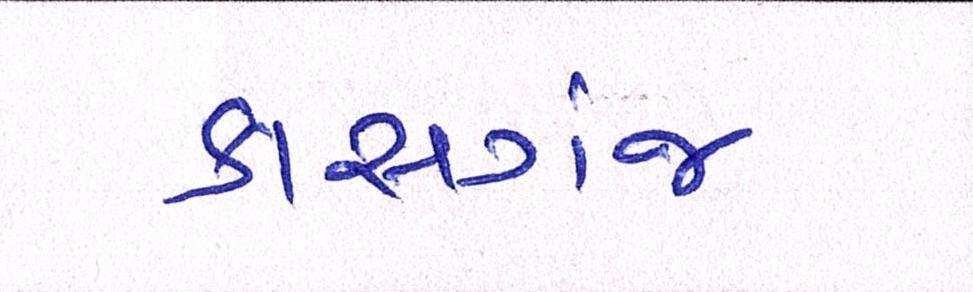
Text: કાસગંજ